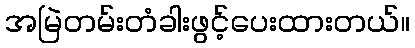
အမြဲတမ်းတံခါးဖွင့်ပေးထားတယ်။